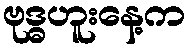
ဗုဒ္ဓဟူးနေ့က